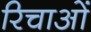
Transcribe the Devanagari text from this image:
रिचाओं